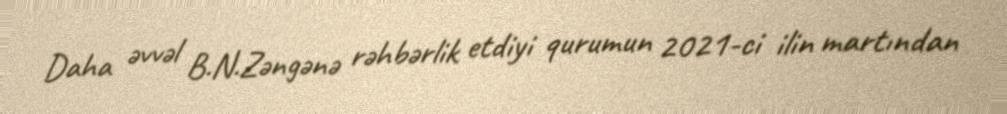
Daha əvvəl B.N.Zəngənə rəhbərlik etdiyi qurumun 2021-ci ilin martından